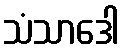
သံသာဒေါ